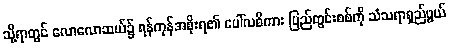
သို့ရာတွင် လောလောဆယ်၌ ရန်ကုန်အစိုးရ၏ ပေါ်လစီကား ပြည်တွင်းစစ်ကို သံသရာရှည်ဖွယ်